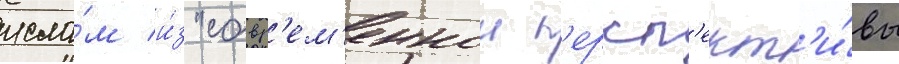
исла́м и́з "совр'ем'еннои п'ерсп'ект'и́вы